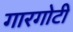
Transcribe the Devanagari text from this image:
गारगाेटी